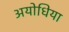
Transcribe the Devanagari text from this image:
अयोधिया